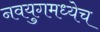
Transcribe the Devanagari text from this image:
नवयुगमध्येच